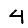
Digit: 4